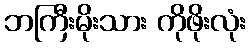
ဘကြီးမိုးသား ကိုဖိုးလုံး